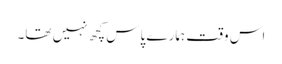
اس وقت ہمارے پاس کچھ نہیں تھا۔